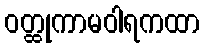
ဝတ္ထုကာမဝါရကထာ